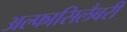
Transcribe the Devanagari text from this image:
अल्फासिलैबरी